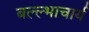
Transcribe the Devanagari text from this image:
बल्ल्भाचार्य